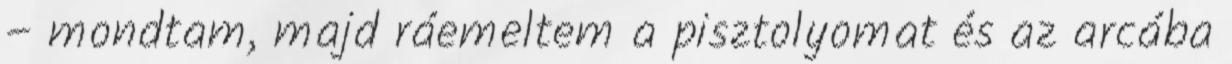
– mondtam, majd ráemeltem a pisztolyomat és az arcába